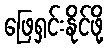
ဖြေရှင်းနိုင်ဖို့